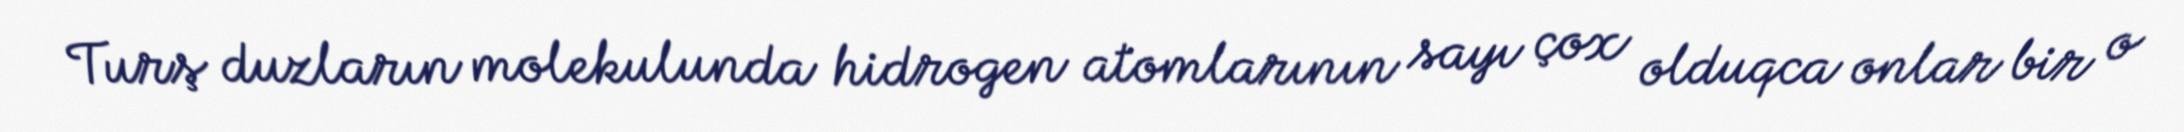
Turş duzların molekulunda hidrogen atomlarının sayı çox olduqca onlar bir o